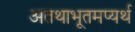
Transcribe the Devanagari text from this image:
अतथाभूतमप्यर्थ